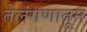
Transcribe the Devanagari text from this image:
तेलंगणातून